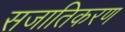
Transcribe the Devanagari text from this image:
सजातिकरण